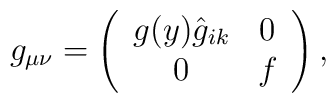
g_{\mu \nu}=\left( \begin{array}{cc}g(y) \hat g_{ik}&0 \\0&f\end{array} \right) ,